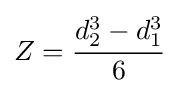
Z={\cfrac {d_{2}^{3}-d_{1}^{3}}{6}}